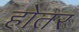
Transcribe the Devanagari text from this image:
होतर